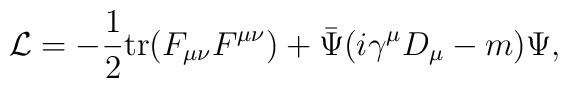
{\cal L}=-\frac{1}{2} {\rm tr} (F_{\mu\nu}F^{\mu\nu})+\bar \Psi(i\gamma^{\mu}D_\mu-m)\Psi,